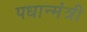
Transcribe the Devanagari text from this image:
पधान्मंत्री